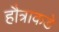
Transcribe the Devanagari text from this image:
हौत्राकडे